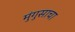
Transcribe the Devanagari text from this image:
मुंगुसाचा